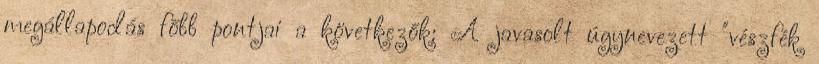
megállapodás főbb pontjai a következők: A javasolt úgynevezett "vészfék